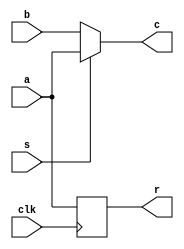
module test(input a, input b, input s, input clk, output c, output r);

reg r_reg = 1'b0;

assign r = r_reg;
assign c = s ? a : b;

always @(posedge clk)
    r_reg <= a;

endmodule